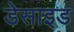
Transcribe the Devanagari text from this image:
डेसाइड